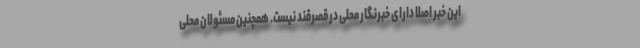
این خبر اصلاً دارای خبرنگار محلی در قصرقند نیست. همچنین مسئولان محلی